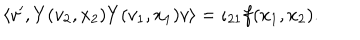
\left\langle v ^ { \prime } , Y ( v _ { 2 } , x _ { 2 } ) Y ( v _ { 1 } , x _ { 1 } ) v \right\rangle = \iota _ { 2 1 } f ( x _ { 1 } , x _ { 2 } ) .